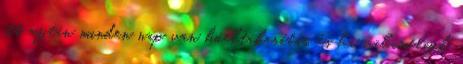
itt aztán minden nap van hóeltakarítás, és ha valamelyik